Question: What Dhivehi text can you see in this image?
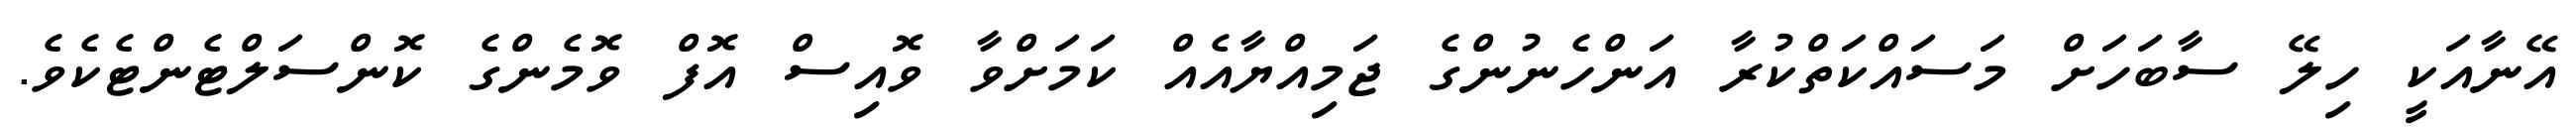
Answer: އޭނާއަކީ ހިލޭ ސާބަހަށް މަސައްކަތްކުރާ އަންހެނުންގެ ޖަމިއްޔާއެއް ކަމަށްވާ ވޮއިސް އޮފް ވޮމެންގެ ކޮންސަލްޓެންޓެކެވެ.